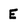
Character: E